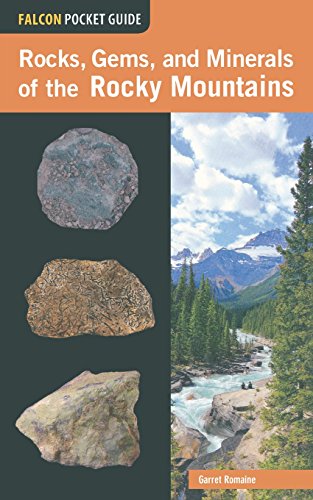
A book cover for Rocks, Gems, and Minerals of the Rocky Mountains (Falcon Pocket Guides); Garret Romaine; Sports & Outdoors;